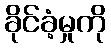
ခိုင်ခံ့မှုကို